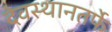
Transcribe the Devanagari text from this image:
देवस्थानतर्फे